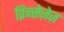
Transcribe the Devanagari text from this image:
प्रिन्सेज़ेज़